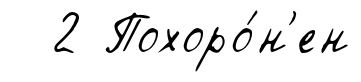
2 Похоро́н'ен